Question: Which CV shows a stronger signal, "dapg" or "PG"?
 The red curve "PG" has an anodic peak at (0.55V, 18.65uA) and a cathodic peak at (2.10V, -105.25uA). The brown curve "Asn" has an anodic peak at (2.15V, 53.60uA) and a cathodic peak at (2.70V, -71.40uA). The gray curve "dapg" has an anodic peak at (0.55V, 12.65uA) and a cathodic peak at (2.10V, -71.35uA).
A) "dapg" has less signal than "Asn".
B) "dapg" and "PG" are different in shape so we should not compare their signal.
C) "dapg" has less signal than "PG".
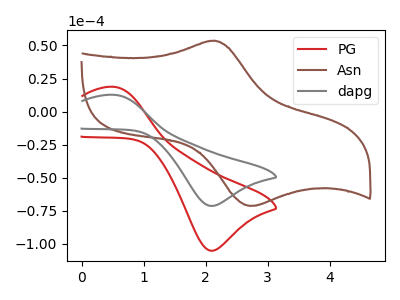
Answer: <think>All the peaks in "dapg" have a peak in "PG" at the same potential. Every peak in "dapg" is lower than every peak in "PG".
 </think>
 <answer>C) "dapg" has less signal than "PG".</answer>
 <eval>C</eval>